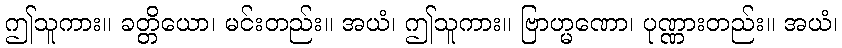
ဤသူကား။ ခတ္တိယော၊ မင်းတည်း။ အယံ၊ ဤသူကား။ ဗြာဟ္မဏော၊ ပုဏ္ဏားတည်း။ အယံ၊